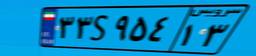
۳۳S۹۵۴۱۳